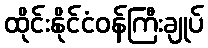
ထိုင်းနိုင်ငံဝန်ကြီးချုပ်